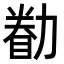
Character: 𠢚